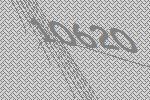
10620